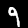
Digit: 9